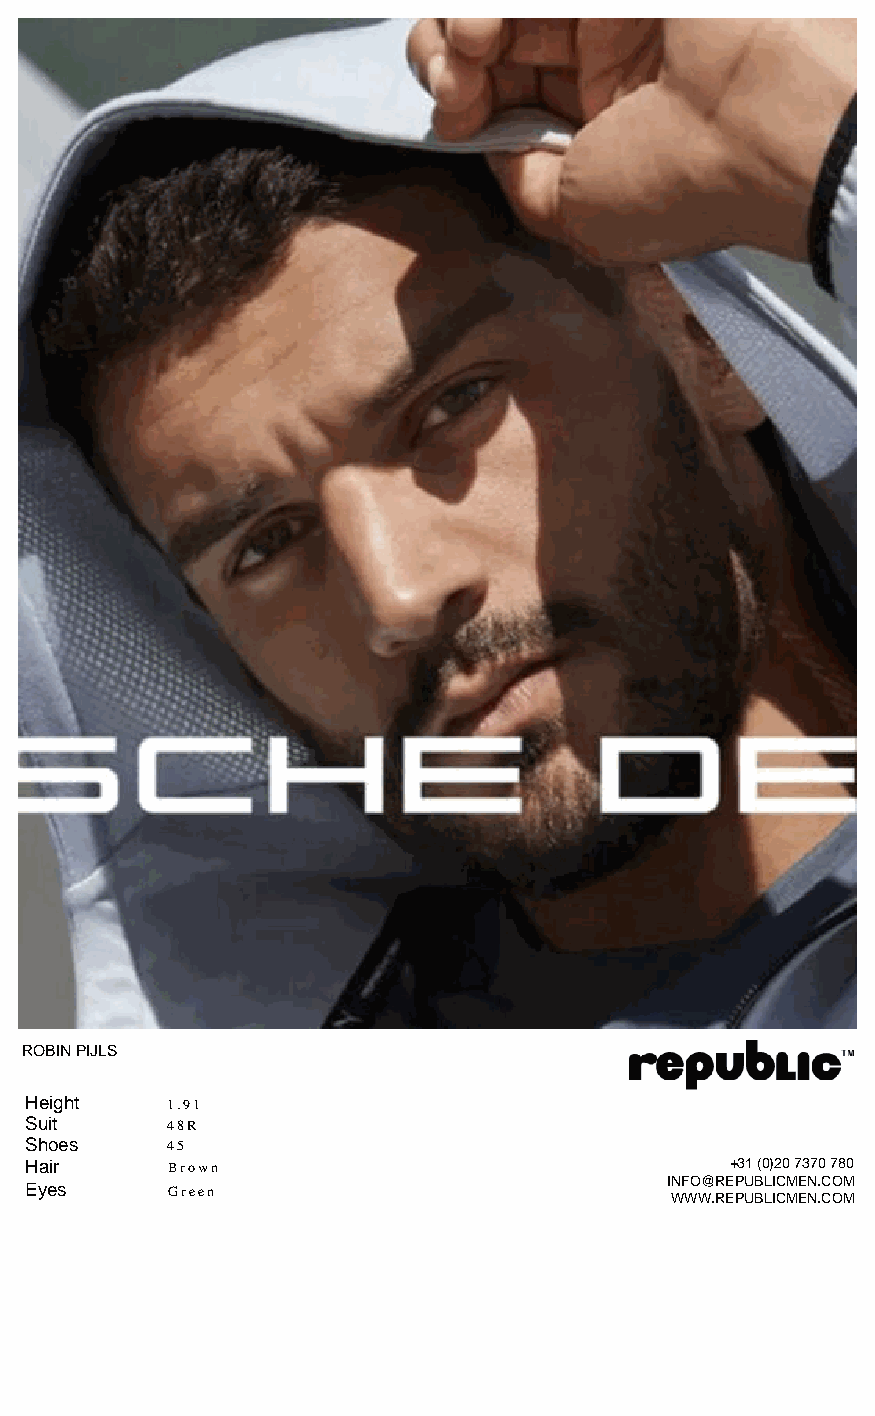
ROBIN PIJLS
 Height   1.91
 Suit     48R
 Shoes    45
 Hair     Brown                                +31 (0)20 7370 780
 INFO@REPUBLICMEN.COM
 Eyes     Green
 WWW.REPUBLICMEN.COM